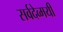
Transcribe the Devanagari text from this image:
सर्वदेव्मयी